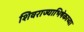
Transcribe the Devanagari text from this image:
शिवराज्याभिषेकाच्या